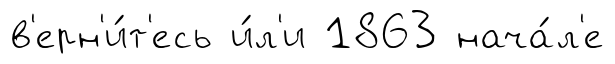
в'ерн'и́т'есь и́л'и 1863 нача́л'е